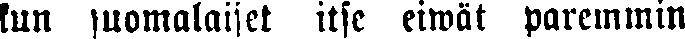
kun suomalaiset itse eiwät paremmin